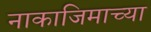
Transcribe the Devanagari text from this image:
नाकाजिमाच्या